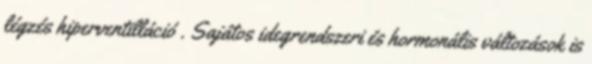
légzés hiperventilláció . Sajátos idegrendszeri és hormonális változások is